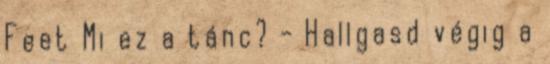
Feet Mi ez a tánc? - Hallgasd végig a